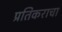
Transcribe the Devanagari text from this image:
प्रतिकराचा